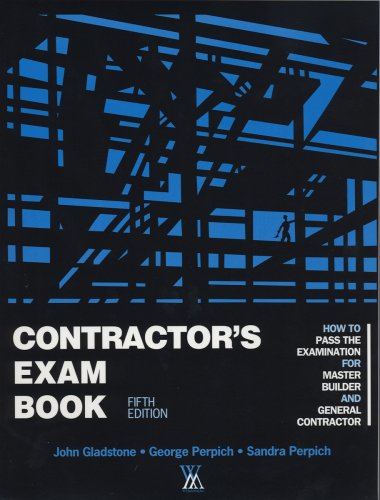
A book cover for Contractor's Exam Book: How to Pass the Examination for Master Builder and General Contractor; John Gladstone; Test Preparation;